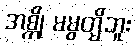
အစ္ကို မမွတ္မိဘူး